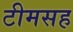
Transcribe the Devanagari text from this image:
टीमसह